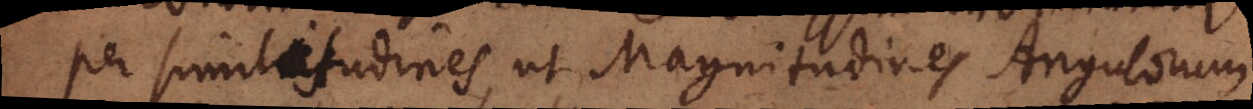
per similitudines, ut Magnitudines Angulorum